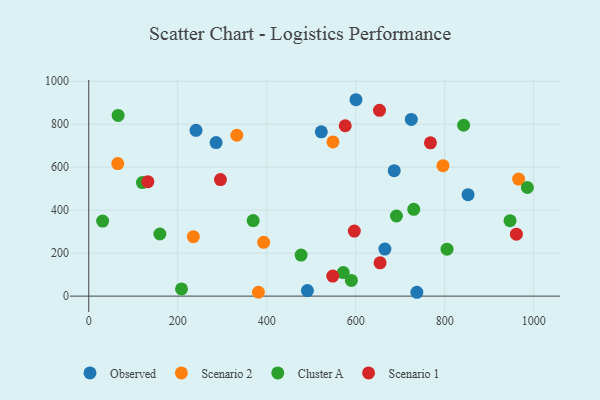
{"axis": {"x": "Study Hours", "y": "Demand"}, "legend": ["Cluster A", "Observed", "Scenario 1", "Scenario 2"], "data": [{"x": "737.5", "y": 17.9, "type": "Observed"}, {"x": "286.2", "y": 714.6, "type": "Observed"}, {"x": "725.0", "y": 822.3, "type": "Observed"}, {"x": "665.6", "y": 218.8, "type": "Observed"}, {"x": "600.6", "y": 914.0, "type": "Observed"}, {"x": "241.1", "y": 771.7, "type": "Observed"}, {"x": "522.7", "y": 764.5, "type": "Observed"}, {"x": "852.6", "y": 472.3, "type": "Observed"}, {"x": "491.5", "y": 25.7, "type": "Observed"}, {"x": "686.6", "y": 583.6, "type": "Observed"}, {"x": "796.2", "y": 607.3, "type": "Scenario 2"}, {"x": "381.4", "y": 18.1, "type": "Scenario 2"}, {"x": "332.8", "y": 748.6, "type": "Scenario 2"}, {"x": "548.9", "y": 717.5, "type": "Scenario 2"}, {"x": "966.2", "y": 544.9, "type": "Scenario 2"}, {"x": "235.1", "y": 276.7, "type": "Scenario 2"}, {"x": "65.2", "y": 616.8, "type": "Scenario 2"}, {"x": "393.1", "y": 250.3, "type": "Scenario 2"}, {"x": "208.5", "y": 33.3, "type": "Cluster A"}, {"x": "985.9", "y": 505.4, "type": "Cluster A"}, {"x": "120.7", "y": 528.5, "type": "Cluster A"}, {"x": "590.3", "y": 72.9, "type": "Cluster A"}, {"x": "691.6", "y": 372.8, "type": "Cluster A"}, {"x": "805.3", "y": 218.7, "type": "Cluster A"}, {"x": "946.9", "y": 351.3, "type": "Cluster A"}, {"x": "66.0", "y": 840.9, "type": "Cluster A"}, {"x": "31.2", "y": 349.3, "type": "Cluster A"}, {"x": "730.5", "y": 404.1, "type": "Cluster A"}, {"x": "159.9", "y": 289.1, "type": "Cluster A"}, {"x": "572.1", "y": 109.5, "type": "Cluster A"}, {"x": "842.6", "y": 795.3, "type": "Cluster A"}, {"x": "369.6", "y": 351.7, "type": "Cluster A"}, {"x": "477.3", "y": 191.1, "type": "Cluster A"}, {"x": "548.4", "y": 93.5, "type": "Scenario 1"}, {"x": "961.2", "y": 288.3, "type": "Scenario 1"}, {"x": "653.5", "y": 864.7, "type": "Scenario 1"}, {"x": "654.8", "y": 155.1, "type": "Scenario 1"}, {"x": "296.0", "y": 542.5, "type": "Scenario 1"}, {"x": "768.0", "y": 713.5, "type": "Scenario 1"}, {"x": "132.8", "y": 532.5, "type": "Scenario 1"}, {"x": "596.9", "y": 302.9, "type": "Scenario 1"}, {"x": "576.5", "y": 792.8, "type": "Scenario 1"}]}